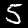
Digit: 5